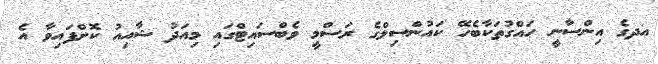
އދގެ އިންސާނީ ހައްގުތަކާބެހޭ ކައުންސިލްގެ ރަސްމީ ވެބްސައިޓްގައި މިއަދު ޝާއިއު ކޮށްފައިވާ އެ